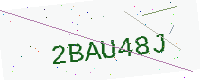
Text: 2BAU48J